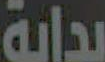
بداية